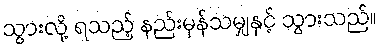
သွားလို့ ရသည့် နည်းမှန်သမျှနှင့် သွားသည်။